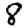
Digit: 8